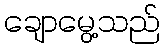
ချောမွေ့သည်